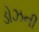
ડોઝની